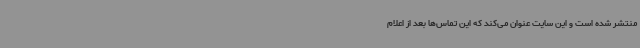
منتشر شده است و این سایت عنوان می‌کند که این تماس‌ها بعد از اعلام